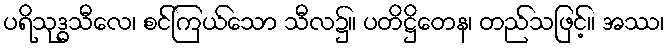
ပရိသုဒ္ဓသီလေ၊ စင်ကြယ်သော သီလ၌။ ပတိဋ္ဌိတေန၊ တည်သဖြင့်။ အဿ၊